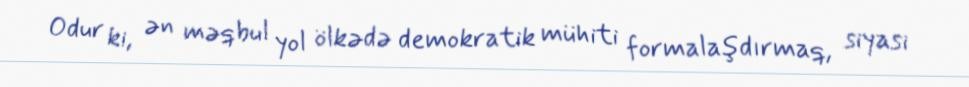
Odur ki, ən məqbul yol ölkədə demokratik mühiti formalaşdırmaq, siyasi